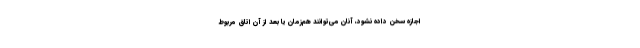
اجازه سخن داده نشود، آنان می‌توانند هم‌زمان یا بعد از آن اتاق مربوط